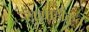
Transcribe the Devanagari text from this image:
सुग्राहीकृत